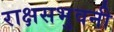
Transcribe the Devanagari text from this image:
राक्षसभुवनी